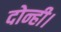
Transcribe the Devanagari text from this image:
दोन्ही।